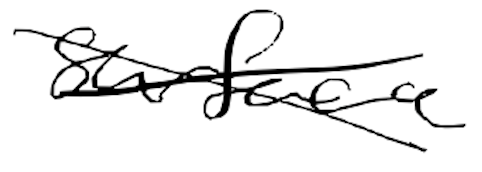
Text: surface
Cross-out: cross
Writing tool: digital_black